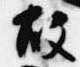
故